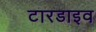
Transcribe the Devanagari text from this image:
टारडाइव